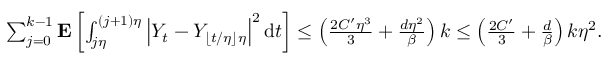
\begin{array} { r } { \sum _ { j = 0 } ^ { k - 1 } \mathbf { E } \left[ \int _ { j \eta } ^ { ( j + 1 ) \eta } \left| Y _ { t } - Y _ { \lfloor t / \eta \rfloor \eta } \right| ^ { 2 } \mathrm { d } t \right] \le \left( \frac { 2 C ^ { \prime } \eta ^ { 3 } } { 3 } + \frac { d \eta ^ { 2 } } { \beta } \right) k \le \left( \frac { 2 C ^ { \prime } } { 3 } + \frac { d } { \beta } \right) k \eta ^ { 2 } . } \end{array}